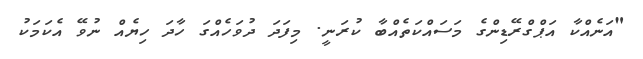
"އަނެއްކާ އަޕްގްރޭޑިންގެ މަސައްކަތެއްބާ ކުރަނީ. މިފަދަ ދުވަހެއްގަ ހާދަ ހިޔެއް ނުވޭ އެކަމަކު